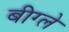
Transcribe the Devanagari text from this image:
बीग्ले